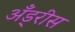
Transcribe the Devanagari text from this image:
अँड्रीस